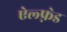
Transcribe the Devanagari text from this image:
ऐल्फ़्रेड